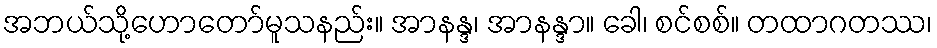
အဘယ်သို့ဟောတော်မူသနည်း။ အာနန္ဒ၊ အာနန္ဒာ။ ခေါ၊ စင်စစ်။ တထာဂတဿ၊